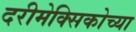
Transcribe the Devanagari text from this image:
दरीमेक्सिकोच्या